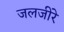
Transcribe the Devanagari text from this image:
जलजीरे